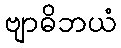
ဗျာဓိဘယံ